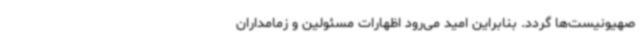
صهیونیست‌ها گردد. بنابراین امید می‌رود اظهارات مسئولین و زمامداران